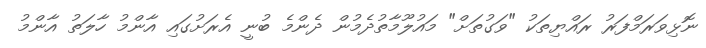
ނޮޅިވަރަމްފަރު ރައްޔިތަކު "ވަގުތަށް" މައުލޫމާތުދެމުން ދެންމެ ބުނީ އެރަށުގައި އާންމު ހާލަތު އާންމު